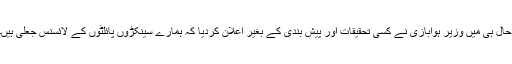
حال ہی میں وزیر ِہوابازی نے کسی تحقیقات اور پیش بندی کے بغیر اعلان کردیا کہ ہمارے سینکڑوں پائلٹوں کے لائسنس جعلی ہیں۔